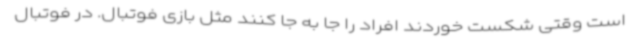
است وقتی شکست خوردند افراد را جا به جا کنند مثل بازی فوتبال. در فوتبال